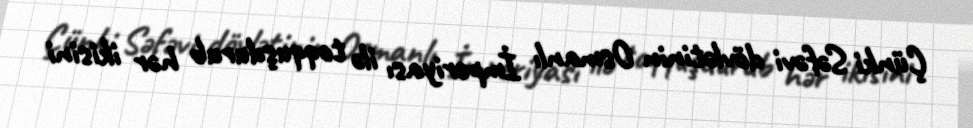
Çünki Səfəvi dövlətinin Osmanlı İmperiyası ilə toqquşdurub hər ikisini